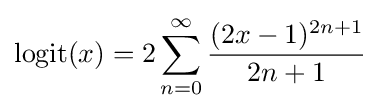
\operatorname {logit} (x)=2\sum _{n=0}^{\infty }{\frac {(2x-1)^{2n+1}}{2n+1}}